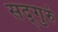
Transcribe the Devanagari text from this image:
सद्‌गुरुं